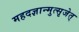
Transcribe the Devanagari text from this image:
महदज्ञान्मुत्सृजेत्